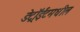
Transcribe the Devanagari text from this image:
डेट्रॉईटमधील